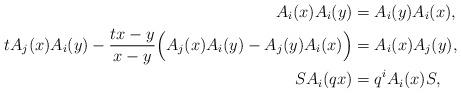
LaTeX: \begin{align*}A_i(x)A_i(y) &= A_i(y)A_i(x),\\t A_j(x)A_i(y)-\frac{tx-y}{x-y}\Big( A_j(x)A_i(y) - A_j(y)A_i(x) \Big)&= A_i(x) A_j(y),\\S A_i(q x) &= q^{i} A_i(x)S, \end{align*}